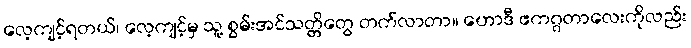
လေ့ကျင့်ရတယ်၊ လေ့ကျင့်မှ သူ့ စွမ်းအင်သတ္တိတွေ တက်လာတာ။ ဟောဒီ ဧကဂ္ဂတာလေးကိုလည်း